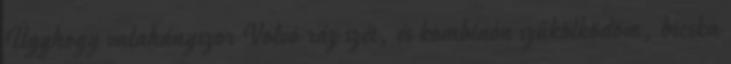
Úgyhogy valahányszor Volvó ráz szét, és kombinón szűkölködöm, bicska